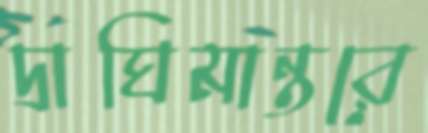
দ্রাঘিমান্তরে